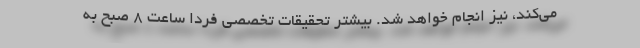
می‌کند، نیز انجام خواهد شد. بیشتر تحقیقات تخصصی فردا ساعت ۸ صبح به